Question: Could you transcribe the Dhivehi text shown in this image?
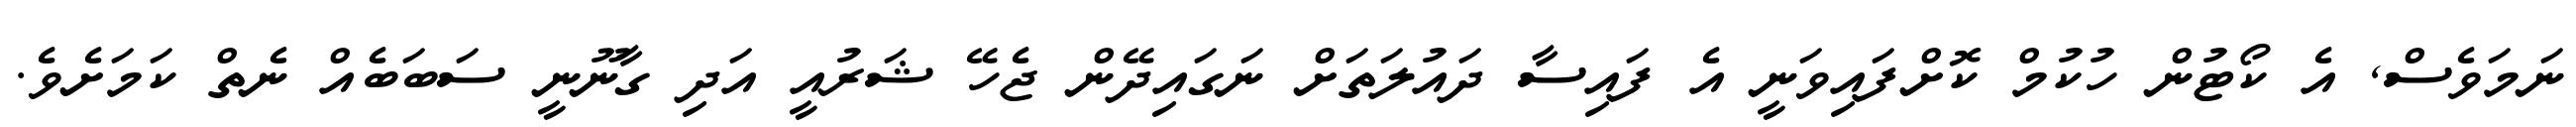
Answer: ނަމަވެސް, އެ ކޯޓުން ހުކުމް ކޮށްފައިވަނީ އެ ފައިސާ ދައުލަތަށް ނަގައިދޭން ޖެހޭ ޝަރުއީ އަދި ގާނޫނީ ސަބަބެއް ނެތް ކަމަށެވެ.